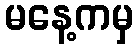
မနေ့ကမှ